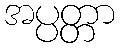
အပ္ပတ္တာ